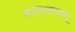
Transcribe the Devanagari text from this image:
नाट्यशास्त्रम्